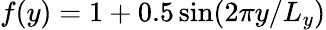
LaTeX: f(y)=1+0.5\sin(2\pi y/L_{y})